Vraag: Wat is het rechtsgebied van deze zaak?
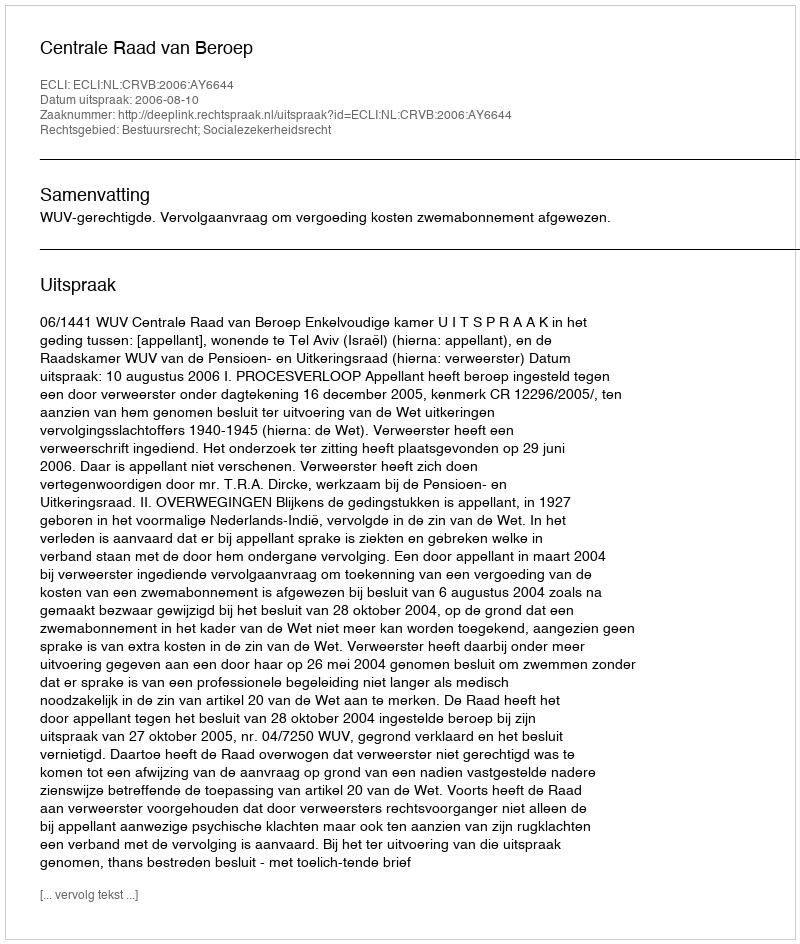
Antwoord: Bestuursrecht; Socialezekerheidsrecht